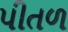
પીતળ